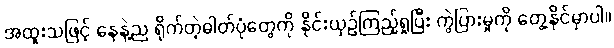
အထူးသဖြင့် နေနဲ့ည ရိုက်တဲ့ဓါတ်ပုံတွေကို နိုင်းယှဉ်ကြည့်ရှုပြီး ကွဲပြားမှုကို တွေ့နိုင်မှာပါ။